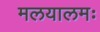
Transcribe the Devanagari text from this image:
मलयालमः